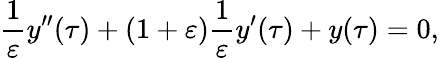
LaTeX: {\frac{1}{\varepsilon}}y^{\prime\prime}(\tau)+\left({1+\varepsilon}\right){\frac{1}{\varepsilon}}y^{\prime}(\tau)+y(\tau)=0,